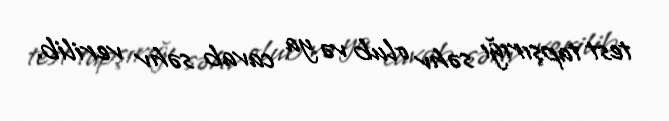
test tapşırığı səhv olub və ya cavab səhv verilib.